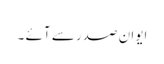
ایوان صدر سے آئے ۔